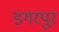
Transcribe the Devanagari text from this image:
डगरपुर